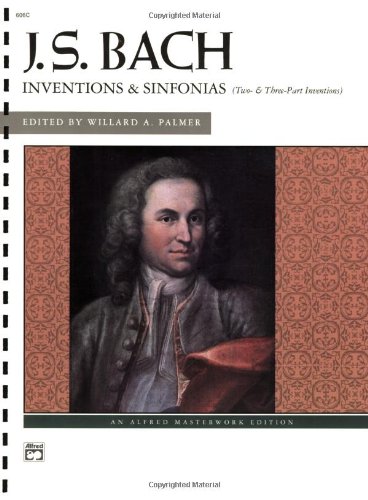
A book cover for J.S.Bach - Inventions and Sinfonias: Two- and Three-Part Inventions (Alfred Masterwork Edition); Humor & Entertainment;